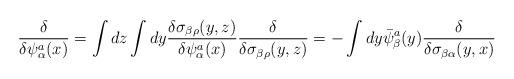
LaTeX: \begin{align*}{\delta\over\delta\psi_{\alpha}^{a}(x)}=\int dz\int dy {\delta\sigma_{\beta\rho}(y,z)\over\delta\psi_{\alpha}^{a}(x)}{\delta\over\delta\sigma_{\beta\rho}(y,z)}=-\int dy\bar{\psi}_{\beta}^{a}(y){\delta\over\delta\sigma_{\beta\alpha}(y,x)}\end{align*}